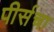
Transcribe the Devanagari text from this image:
पीर्सचा